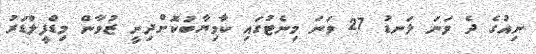
ނިއުގެ ދެ ވަނަ ލަނޑު 27 ވަނަ މިނެޓުގައި ކާމިޔާބުކޮށްދިނީ ޒުވާން މިޑްފީލްޑަރު